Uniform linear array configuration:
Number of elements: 32
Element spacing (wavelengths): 0.75
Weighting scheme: uniform
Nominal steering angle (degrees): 0
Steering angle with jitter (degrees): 0.8614
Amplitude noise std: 0.05
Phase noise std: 0.05

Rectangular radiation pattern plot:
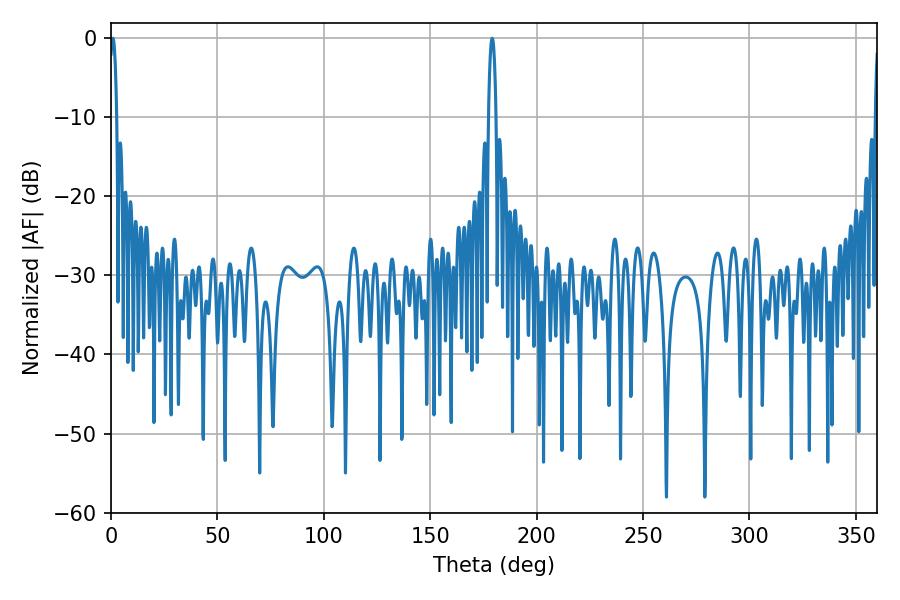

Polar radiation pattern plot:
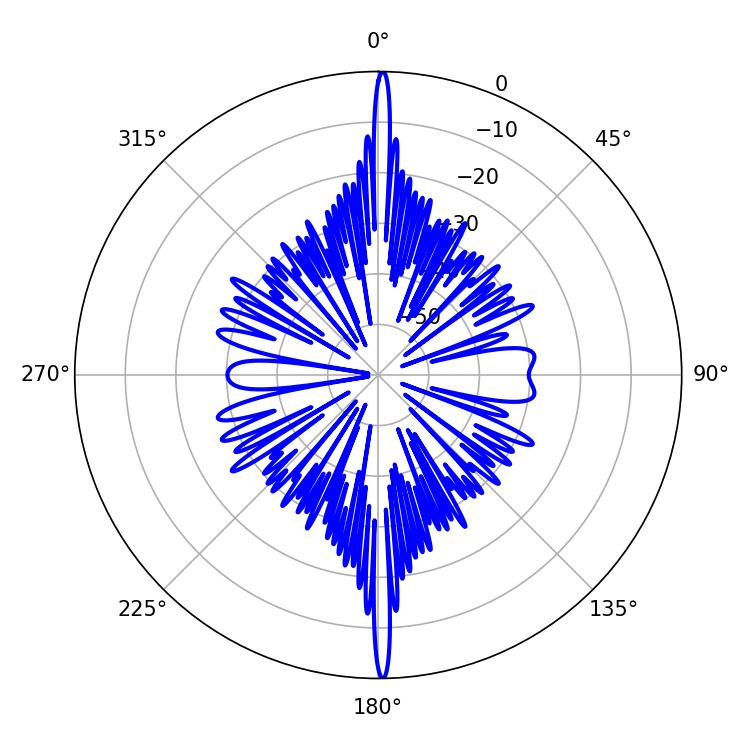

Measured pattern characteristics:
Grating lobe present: TRUE
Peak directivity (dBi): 32.531
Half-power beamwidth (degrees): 1.8
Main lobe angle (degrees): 0.9